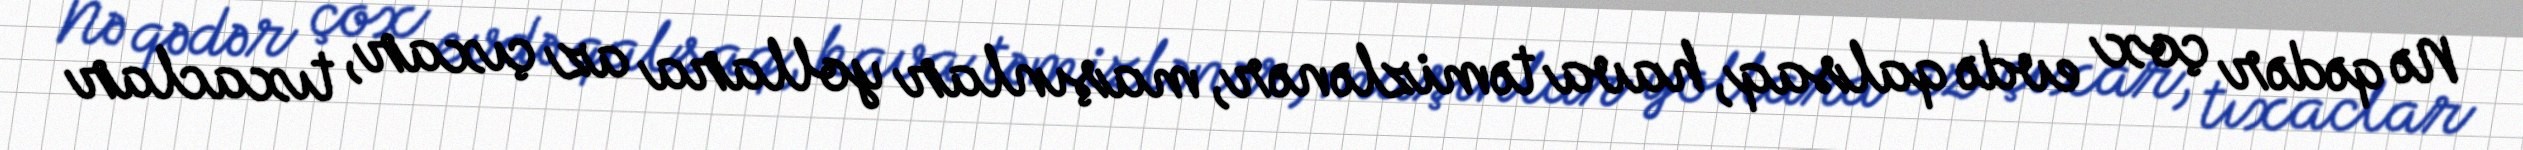
Nə qədər çox evdə qalsaq, hava təmizlənər, maşınlar yollara az çıxar, tıxaclar